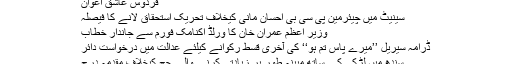
فردوس عاشق اعوان
سینیٹ میں چیئرمین پی سی بی احسان مانی کیخلاف تحریک استحقاق لانے کا فیصلہ
وزیر اعظم عمران خان کا ورلڈ اکنامک فورم سے جاندار خطاب
ڈرامہ سیریل ’’میرے پاس تم ہو‘‘ کی آخری قسط رکوانے کیلئے عدالت میں درخواست دائر
سندھ میں لڑکی کے ساتھ مبینہ طور پر زیادتی کرنے والے جج کیخلاف مقدمہ درج